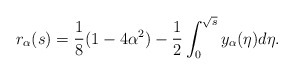
\begin{align*}r_\alpha(s)=\frac{1}{8}(1-4\alpha^2)-\frac{1}{2}\int_0^{\sqrt{s}}y_\alpha(\eta)d\eta.\end{align*}